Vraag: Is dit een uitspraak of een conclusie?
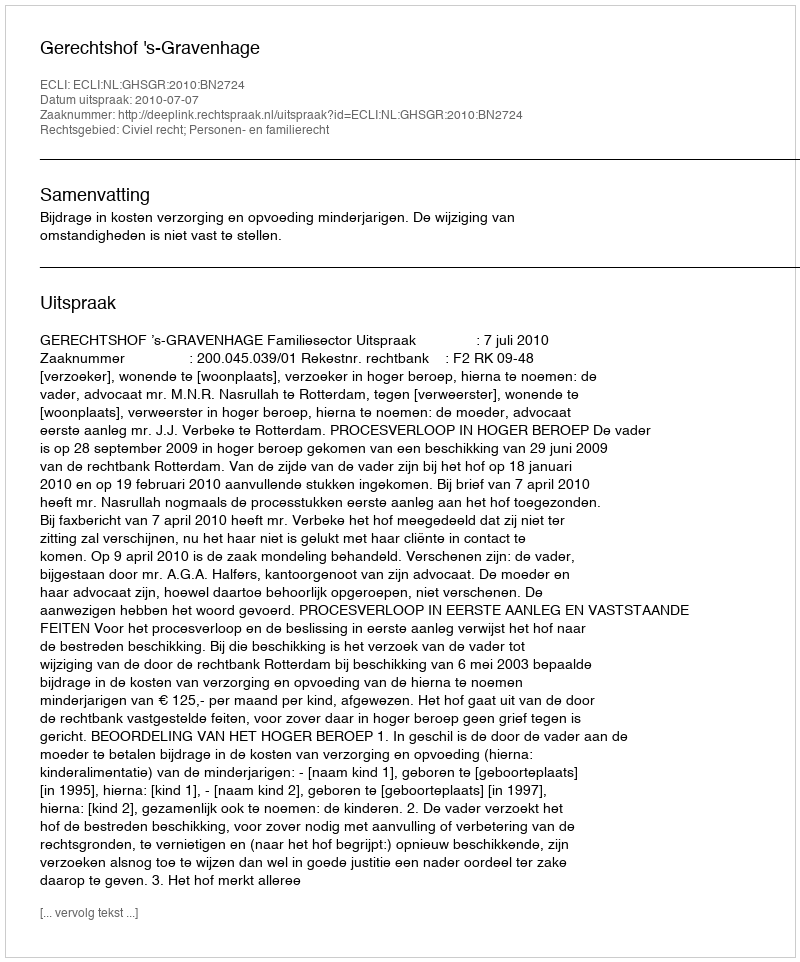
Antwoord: Uitspraak